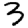
Digit: 3